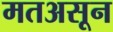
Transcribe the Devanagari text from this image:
मतअसून